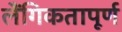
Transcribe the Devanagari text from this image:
लैंगिकतापूर्ण